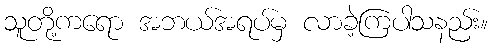
သူတို့ကရော အဘယ်အရပ်မှ လာခဲ့ကြပါသနည်း။